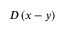
D \left( x - y \right)